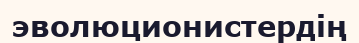
эволюционистердің